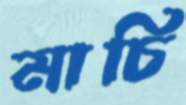
মাচি